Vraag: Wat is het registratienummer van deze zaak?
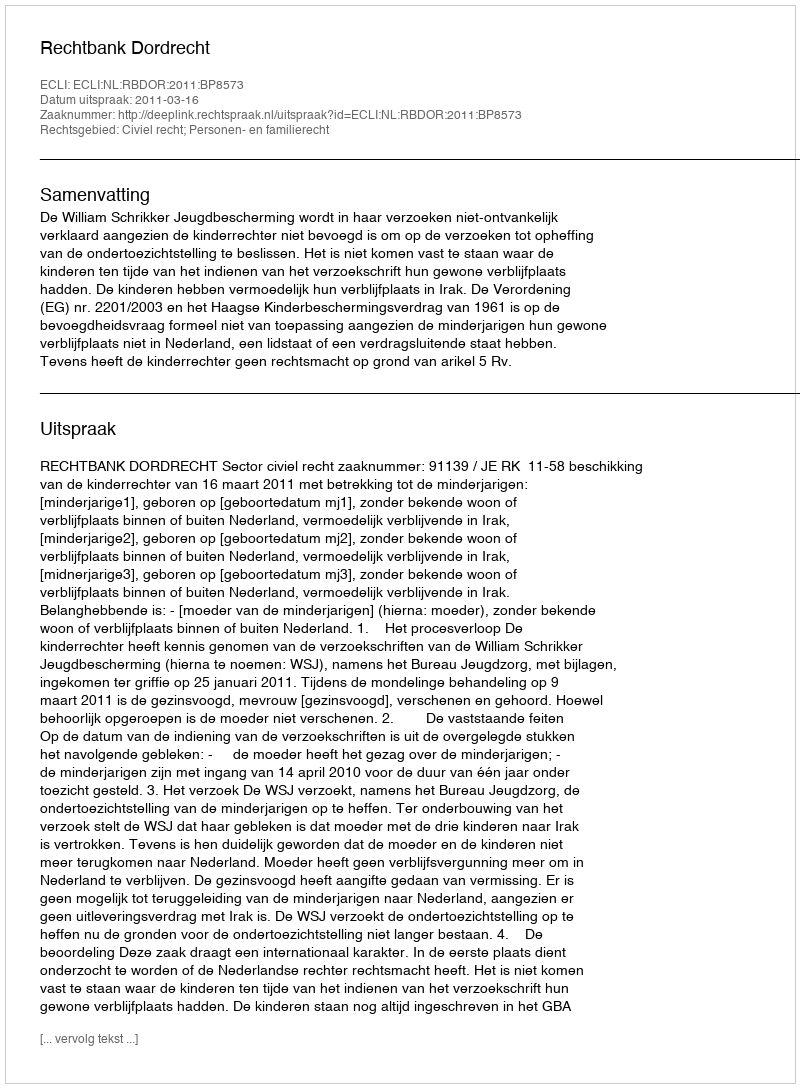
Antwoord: http://deeplink.rechtspraak.nl/uitspraak?id=ECLI:NL:RBDOR:2011:BP8573